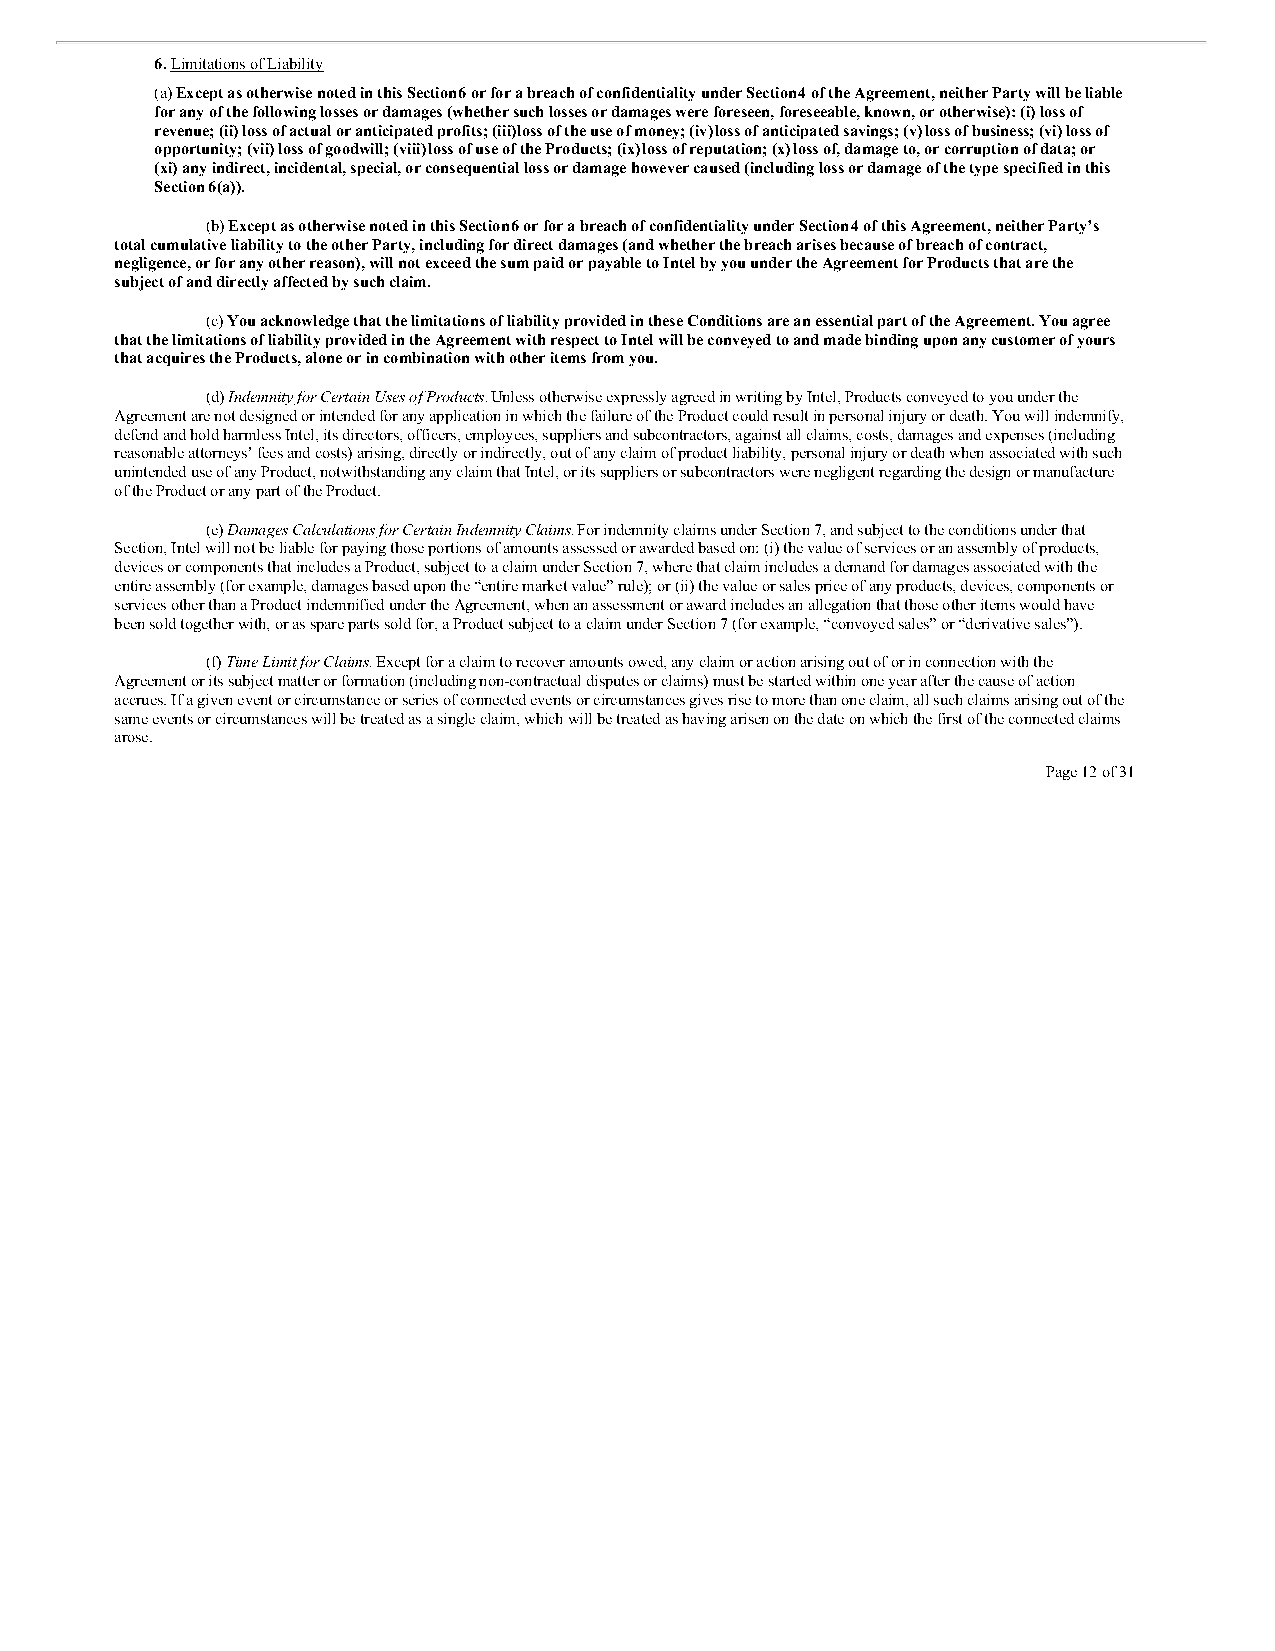
6. Limitations of Liability
 (a) Except as otherwise noted in this Section 6 or for a breach of confidentiality under Section 4 of the Agreement, neither Party will be liable
 for any of the following losses or damages (whether such losses or damages were foreseen, foreseeable, known, or otherwise): (i) loss of
 revenue; (ii) loss of actual or anticipated profits; (iii) loss of the use of money; (iv) loss of anticipated savings; (v) loss of business; (vi) loss of
 opportunity; (vii) loss of goodwill; (viii) loss of use of the Products; (ix) loss of reputation; (x) loss of, damage to, or corruption of data; or
 (xi) any indirect, incidental, special, or consequential loss or damage however caused (including loss or damage of the type specified in this
 Section 6(a)).
 (b) Except as otherwise noted in this Section 6 or for a breach of confidentiality under Section 4 of this Agreement, neither Party’s
 total cumulative liability to the other Party, including for direct damages (and whether the breach arises because of breach of contract,
 negligence, or for any other reason), will not exceed the sum paid or payable to Intel by you under the Agreement for Products that are the
 subject of and directly affected by such claim.
 (c) You acknowledge that the limitations of liability provided in these Conditions are an essential part of the Agreement. You agree
 that the limitations of liability provided in the Agreement with respect to Intel will be conveyed to and made binding upon any customer of yours
 that acquires the Products, alone or in combination with other items from you.
 (d) Indemnity for Certain Uses of Products. Unless otherwise expressly agreed in writing by Intel, Products conveyed to you under the
 Agreement are not designed or intended for any application in which the failure of the Product could result in personal injury or death. You will indemnify,
 defend and hold harmless Intel, its directors, officers, employees, suppliers and subcontractors, against all claims, costs, damages and expenses (including
 reasonable attorneys’ fees and costs) arising, directly or indirectly, out of any claim of product liability, personal injury or death when associated with such
 unintended use of any Product, notwithstanding any claim that Intel, or its suppliers or subcontractors were negligent regarding the design or manufacture
 of the Product or any part of the Product.
 (e) Damages Calculations for Certain Indemnity Claims. For indemnity claims under Section 7, and subject to the conditions under that
 Section, Intel will not be liable for paying those portions of amounts assessed or awarded based on: (i) the value of services or an assembly of products,
 devices or components that includes a Product, subject to a claim under Section 7, where that claim includes a demand for damages associated with the
 entire assembly (for example, damages based upon the “entire market value” rule); or (ii) the value or sales price of any products, devices, components or
 services other than a Product indemnified under the Agreement, when an assessment or award includes an allegation that those other items would have
 been sold together with, or as spare parts sold for, a Product subject to a claim under Section 7 (for example, “convoyed sales” or “derivative sales”).
 (f) Time Limit for Claims. Except for a claim to recover amounts owed, any claim or action arising out of or in connection with the
 Agreement or its subject matter or formation (including non-contractual disputes or claims) must be started within one year after the cause of action
 accrues. If a given event or circumstance or series of connected events or circumstances gives rise to more than one claim, all such claims arising out of the
 same events or circumstances will be treated as a single claim, which will be treated as having arisen on the date on which the first of the connected claims
 arose.
 Page 12 of 31